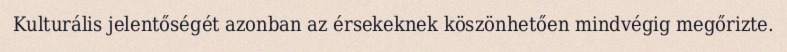
Kulturális jelentőségét azonban az érsekeknek köszönhetően mindvégig megőrizte.